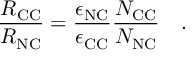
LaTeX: \frac { R _ { \mathrm { C C } } } { R _ { \mathrm { N C } } } = \frac { \epsilon _ { \mathrm { N C } } } { \epsilon _ { \mathrm { C C } } } \frac { N _ { \mathrm { C C } } } { N _ { \mathrm { N C } } } \quad .